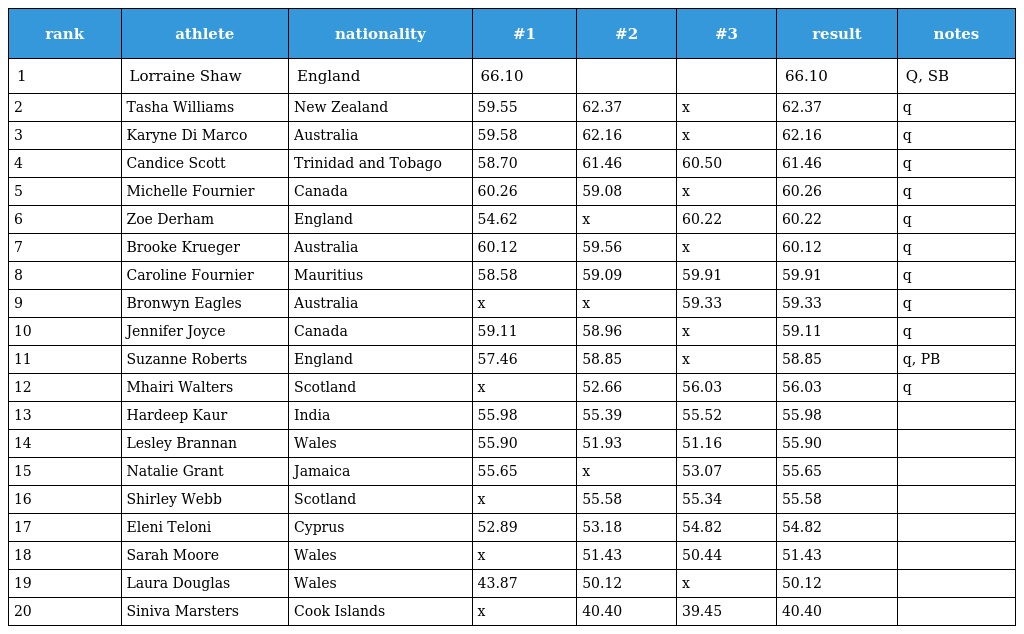
| rank | athlete | nationality | #1 | #2 | #3 | result | notes |
 | --- | --- | --- | --- | --- | --- | --- | --- |
 | 1 | Lorraine Shaw | England | 66.10 |  |  | 66.10 | Q, SB |
 | 2 | Tasha Williams | New Zealand | 59.55 | 62.37 | x | 62.37 | q |
 | 3 | Karyne Di Marco | Australia | 59.58 | 62.16 | x | 62.16 | q |
 | 4 | Candice Scott | Trinidad and Tobago | 58.70 | 61.46 | 60.50 | 61.46 | q |
 | 5 | Michelle Fournier | Canada | 60.26 | 59.08 | x | 60.26 | q |
 | 6 | Zoe Derham | England | 54.62 | x | 60.22 | 60.22 | q |
 | 7 | Brooke Krueger | Australia | 60.12 | 59.56 | x | 60.12 | q |
 | 8 | Caroline Fournier | Mauritius | 58.58 | 59.09 | 59.91 | 59.91 | q |
 | 9 | Bronwyn Eagles | Australia | x | x | 59.33 | 59.33 | q |
 | 10 | Jennifer Joyce | Canada | 59.11 | 58.96 | x | 59.11 | q |
 | 11 | Suzanne Roberts | England | 57.46 | 58.85 | x | 58.85 | q, PB |
 | 12 | Mhairi Walters | Scotland | x | 52.66 | 56.03 | 56.03 | q |
 | 13 | Hardeep Kaur | India | 55.98 | 55.39 | 55.52 | 55.98 |  |
 | 14 | Lesley Brannan | Wales | 55.90 | 51.93 | 51.16 | 55.90 |  |
 | 15 | Natalie Grant | Jamaica | 55.65 | x | 53.07 | 55.65 |  |
 | 16 | Shirley Webb | Scotland | x | 55.58 | 55.34 | 55.58 |  |
 | 17 | Eleni Teloni | Cyprus | 52.89 | 53.18 | 54.82 | 54.82 |  |
 | 18 | Sarah Moore | Wales | x | 51.43 | 50.44 | 51.43 |  |
 | 19 | Laura Douglas | Wales | 43.87 | 50.12 | x | 50.12 |  |
 | 20 | Siniva Marsters | Cook Islands | x | 40.40 | 39.45 | 40.40 |  |